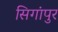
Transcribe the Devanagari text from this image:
सिगांपुर